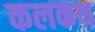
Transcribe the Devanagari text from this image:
कलकथ